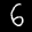
Label: 6